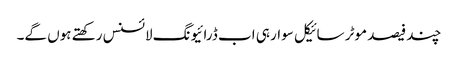
چند فیصد موٹر سائیکل سوار ہی اب ڈرائیونگ لائسنس رکھتے ہوں گے۔